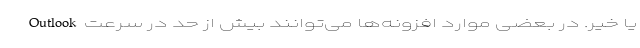
یا خیر. در بعضی موارد افزونه­‌ها می­‌توانند بیش از حد در سرعت Outlook